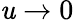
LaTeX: \mathit{u}\to0